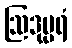
ဩဒုမ္ဗရံ